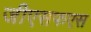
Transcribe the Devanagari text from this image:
जीएसफएस